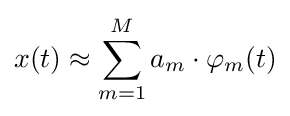
x(t)\approx \sum _{m=1}^{M}a_{m}\cdot \varphi _{m}(t)